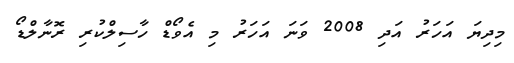
މިދިޔަ އަހަރު އަދި 2008 ވަނަ އަހަރު މި އެވޯޑް ހާސިލްކުރި ރޮނާލްޑޯ